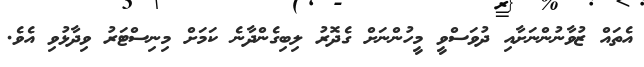
އެތައް ޒުވާނުންނަށާއި ދުވަސްވީ މީހުންނަށް ގެދޮރު ލިބިގެންދާނެ ކަމަށް މިނިސްޓަރު ވިދާޅުވި އެވެ.